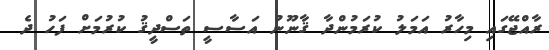
ރާއްޖޭގައި މިހާރު އަމަލު ކުރަމުންދާ ޤާނޫނު އަސާސީ ތަސްދީޤު ކުރުމަށް ފަހު ދެ